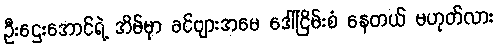
ဦးဌေးအောင်ရဲ့ အိမ်မှာ ခင်ဗျားအမေ ဒေါ်ငြိမ်းစံ နေတယ် မဟုတ်လား